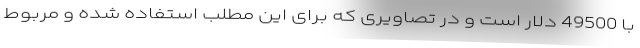
با 49500 دلار است و در تصاویری که برای این مطلب استفاده شده و مربوط